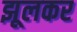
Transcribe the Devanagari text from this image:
झूलकर